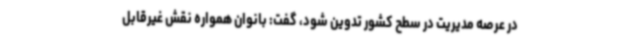
در عرصه مدیریت در سطح کشور تدوین شود، گفت: بانوان همواره نقش غیرقابل